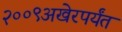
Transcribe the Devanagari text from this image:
२००९अखेरपर्यंत